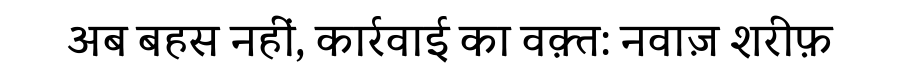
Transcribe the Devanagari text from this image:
अब बहस नहीं, कार्रवाई का वक़्त: नवाज़ शरीफ़